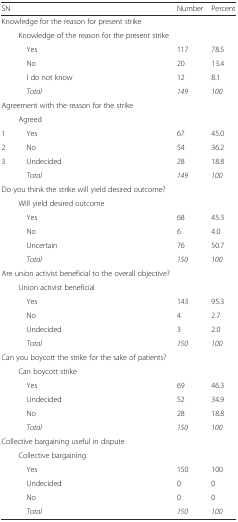
<table><thead><tr><td><b>SN</b></td><td></td><td><b>Number</b></td><td><b>Percent</b></td></tr></thead><tbody><tr><td colspan="4">Knowledge for the reason for present strike</td></tr><tr><td></td><td>Knowledge of the reason for the present strike</td><td></td><td></td></tr><tr><td></td><td> Yes</td><td>117</td><td>78.5</td></tr><tr><td></td><td> No</td><td>20</td><td>13.4</td></tr><tr><td></td><td> I do not know</td><td>12</td><td>8.1</td></tr><tr><td></td><td> <i>Total</i></td><td><i>149</i></td><td><i>100</i></td></tr><tr><td colspan="4">Agreement with the reason for the strike</td></tr><tr><td></td><td>Agreed</td><td></td><td></td></tr><tr><td>1</td><td> Yes</td><td>67</td><td>45.0</td></tr><tr><td>2</td><td> No</td><td>54</td><td>36.2</td></tr><tr><td>3</td><td> Undecided</td><td>28</td><td>18.8</td></tr><tr><td></td><td> <i>Total</i></td><td><i>149</i></td><td><i>100</i></td></tr><tr><td colspan="4">Do you think the strike will yield desired outcome?</td></tr><tr><td></td><td>Will yield desired outcome</td><td></td><td></td></tr><tr><td></td><td> Yes</td><td>68</td><td>45.3</td></tr><tr><td></td><td> No</td><td>6</td><td>4.0</td></tr><tr><td></td><td> Uncertain</td><td>76</td><td>50.7</td></tr><tr><td></td><td> <i>Total</i></td><td><i>150</i></td><td><i>100</i></td></tr><tr><td colspan="4">Are union activist beneficial to the overall objective?</td></tr><tr><td></td><td>Union activist beneficial</td><td></td><td></td></tr><tr><td></td><td> Yes</td><td>143</td><td>95.3</td></tr><tr><td></td><td> No</td><td>4</td><td>2.7</td></tr><tr><td></td><td> Undecided</td><td>3</td><td>2.0</td></tr><tr><td></td><td> <i>Total</i></td><td><i>150</i></td><td><i>100</i></td></tr><tr><td colspan="4">Can you boycott the strike for the sake of patients?</td></tr><tr><td></td><td>Can boycott strike</td><td></td><td></td></tr><tr><td></td><td> Yes</td><td>69</td><td>46.3</td></tr><tr><td></td><td> Undecided</td><td>52</td><td>34.9</td></tr><tr><td></td><td> No</td><td>28</td><td>18.8</td></tr><tr><td></td><td> <i>Total</i></td><td><i>150</i></td><td><i>100</i></td></tr><tr><td colspan="4">Collective bargaining useful in dispute</td></tr><tr><td></td><td>Collective bargaining</td><td></td><td></td></tr><tr><td></td><td> Yes</td><td>150</td><td>100</td></tr><tr><td></td><td> Undecided</td><td>0</td><td>0</td></tr><tr><td></td><td> No</td><td>0</td><td>0</td></tr><tr><td></td><td> <i>Total</i></td><td><i>150</i></td><td><i>100</i></td></tr></tbody></table>